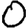
Digit: 0